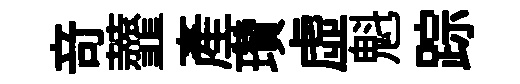
竒虀産瓚虛魁踪